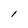
Character: l